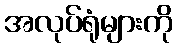
အလုပ်ရုံများကို